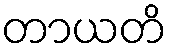
တာယတိ